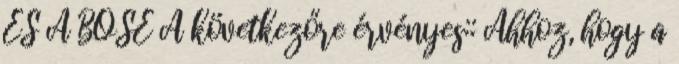
ÉS A BOSE A következőre érvényes:: Ahhoz, hogy a